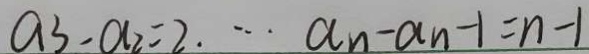
a _ { 3 } - a _ { 2 } = 2 . \cdots a _ { n } - a _ { n } - 1 = n - 1